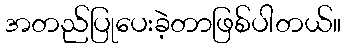
အတည်ပြုပေးခဲ့တာဖြစ်ပါတယ်။